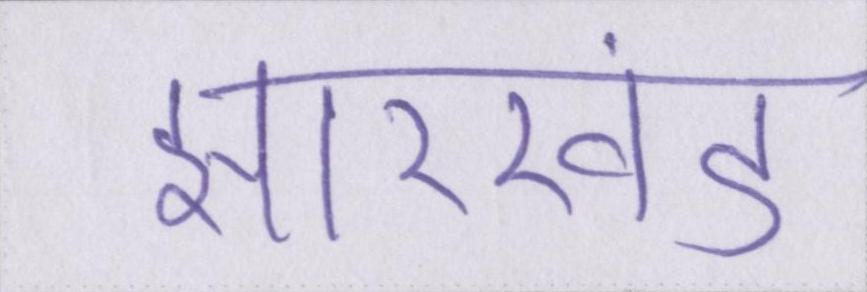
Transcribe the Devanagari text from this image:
झारखंड